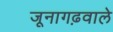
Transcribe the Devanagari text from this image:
जूनागढ़वाले